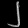
Digit: ၂